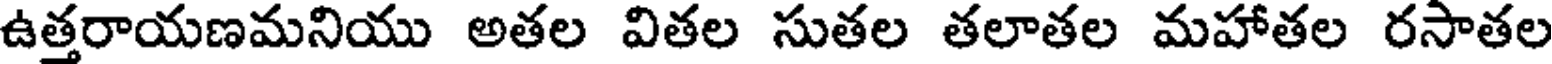
ఉత్తరాయణమనియు అతల వితల సుతల తలాతల మహాతల రసాతల